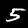
Digit: 5